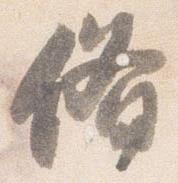
備